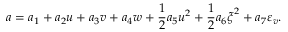
a = a _ { 1 } + a _ { 2 } u + a _ { 3 } v + a _ { 4 } w + \frac 1 2 a _ { 5 } \boldsymbol { u } ^ { 2 } + \frac 1 2 a _ { 6 } \boldsymbol { \xi } ^ { 2 } + a _ { 7 } { \varepsilon _ { v } } .